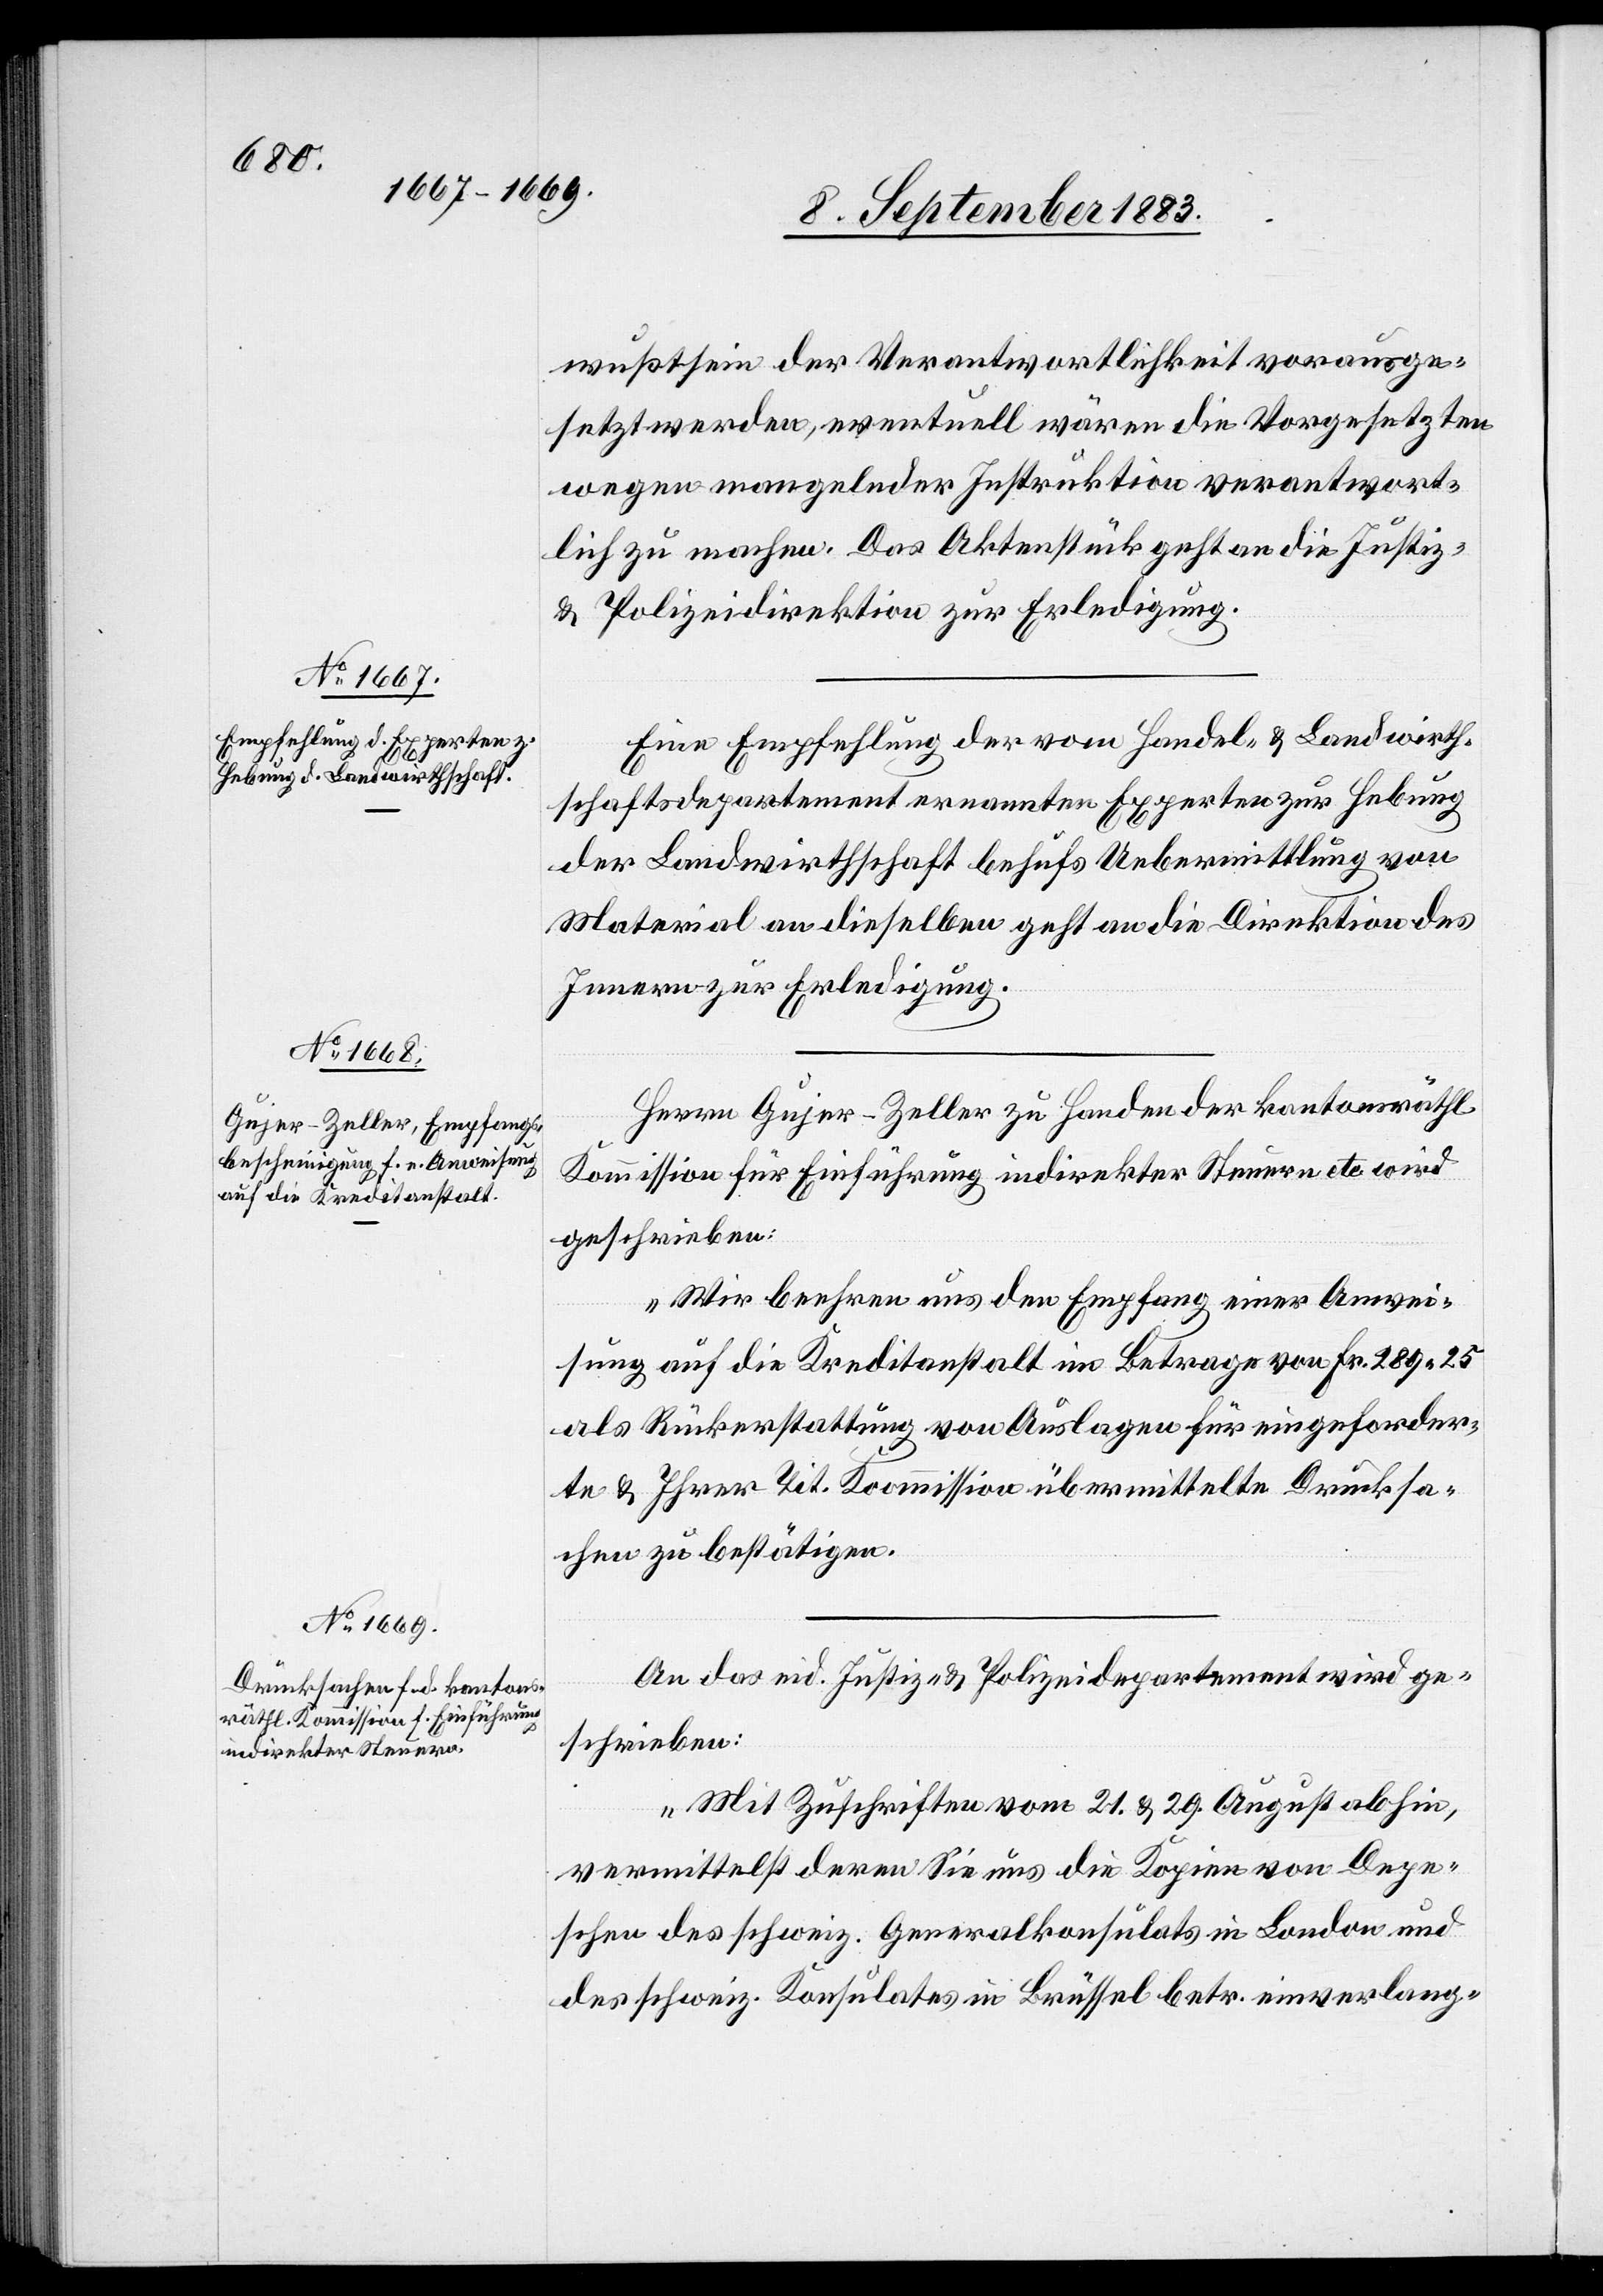
10. September 1883.]
wußtsein der Verantwortlichkeit vorausge¬
setzt werden, eventuell wären die Vorgesetzten
wegen mangelnder Instruktion verantwort¬
lich zu machen. Das Aktenstück geht an die Justiz-
& Polizeidirektion zur Erledigung.
Eine Empfehlung der vom Handel[s]- & Landwirt¬
schaftsdepartement ernannten Experten zur Hebung
der Landwirthschaft behufs Uebermittlung von
Material an dieselbe geht an die Direktion des
Innern zur Erledigung.
Herrn Gujer-Zeller zu Handen der kantonsräthl.
Kommission für Einführung indirekter Steuern etc. wird
geschrieben:
„Wir beehren uns den Empfang einer Anwei¬
sung auf die Kreditanstalt im Betrage von Fr. 289 25
als Rückerstattung von Auslagen für eingeforder¬
te & Ihrer Tit. Kommission übermittelte Drucksa¬
chen zu bestätigen.“
An das eid. Justiz- & Polizeidepartement wird ge¬
schrieben:
„Mit Zuschriften vom 21. & 29. August abhin,
vermittelst deren Sie uns die Kopie von Depe¬
schen des schweiz. Generalkonsulats in London und
des schweiz. Konsulates in Brüssel betr. einverlang-